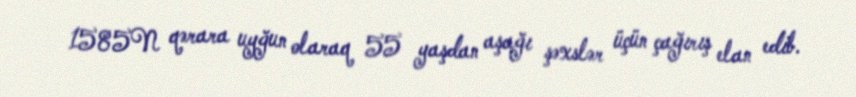
1585N qərara uyğun olaraq 55 yaşdan aşağı şəxslər üçün çağırış elan edib.